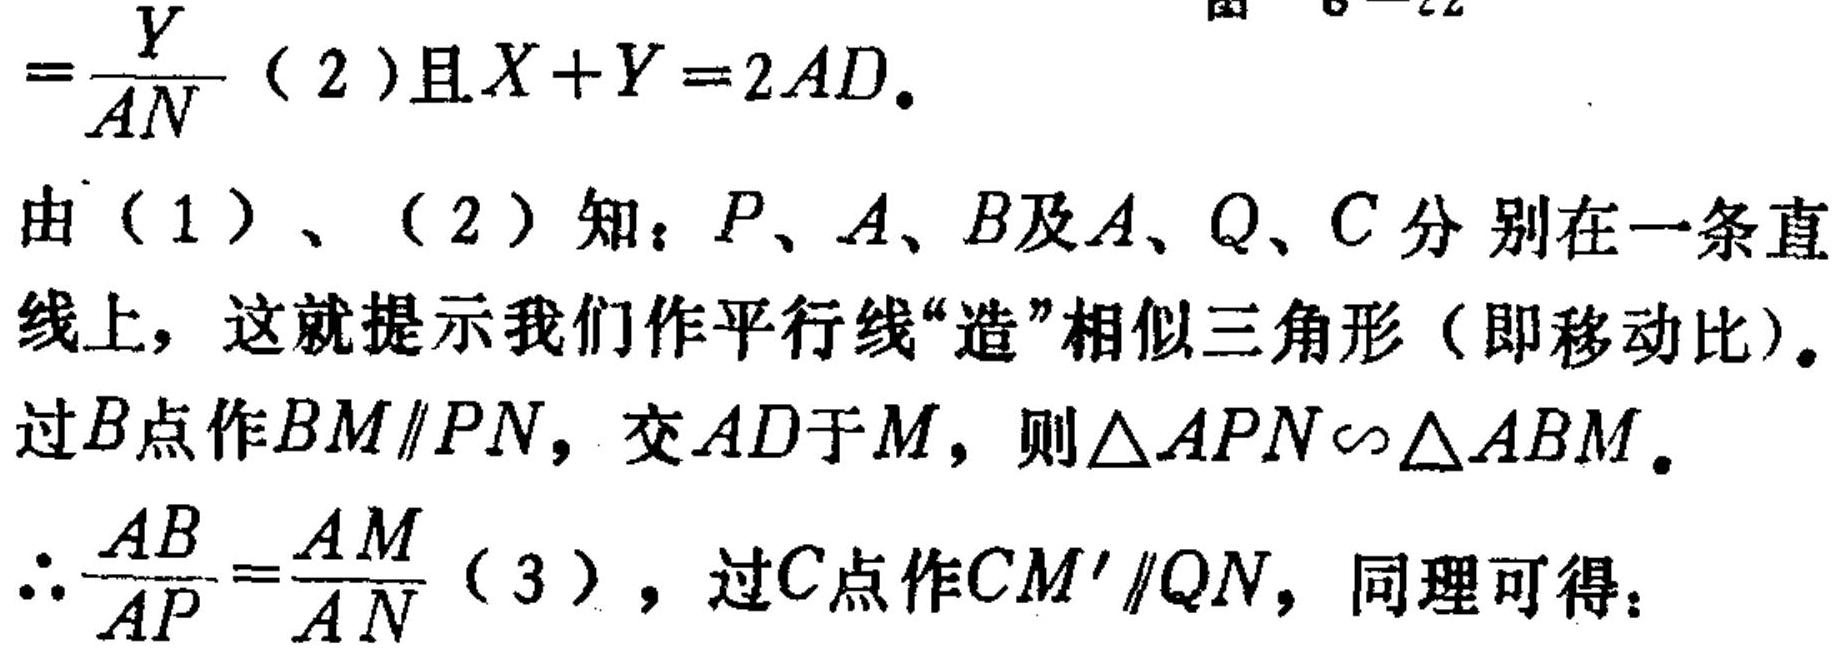
\(=\frac{Y}{AN}\) (2)且\(X + Y = 2AD\).
由(1)、(2)知：\(P\)、\(A\)、\(B\)及\(A\)、\(Q\)、\(C\)分别在一条直线上，这就提示我们作平行线“造”相似三角形（即移动比）。
过\(B\)点作\(BM\parallel PN\)，交\(AD\)于\(M\)，则\(\triangle APN\sim\triangle ABM\)。
\(\therefore\frac{AB}{AP}=\frac{AM}{AN}\) (3)，过\(C\)点作\(CM'\parallel QN\)，同理可得：